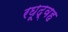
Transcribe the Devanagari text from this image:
रघूद्वह